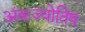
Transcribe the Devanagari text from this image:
अंकज्योतिष